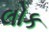
લોક